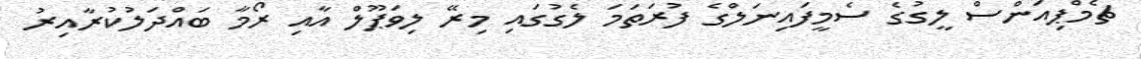
ޗެމްޕިއަންސް ލީގުގެ ސެމީފައިނަލްގެ ފުރަތަމަ ލެގުގައި މިރޭ ލިވަޕޫލް އާއި ރޯމާ ބައްދަލުކުރާއިރު